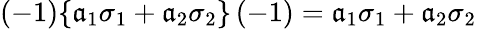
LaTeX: (-1)\{ \mathfrak{a}_{1}\sigma_{1}+\mathfrak{a}_{2}\sigma_{2}\} \, (-1)=\mathfrak{a}_{1}\sigma_{1}+\mathfrak{a}_{2}\sigma_{2}